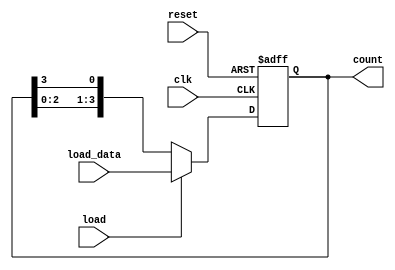
module LoadableRingCounter (
    input wire clk,              // Clock signal
    input wire reset,            // Asynchronous reset signal
    input wire load,             // Load control signal
    input wire [N-1:0] load_data,// Parallel input for loading value
    output reg [N-1:0] count     // Current state of the counter
);
    parameter N = 4; // Number of bits in the counter

    always @(posedge clk or posedge reset) begin
        if (reset) begin
            // Asynchronous reset: set all bits to 0
            count <= {N{1'b0}};
        end else if (load) begin
            // Load mode: load the specified value into the counter
            count <= load_data;
        end else begin
            // Counting mode: shift the bits in a ring fashion
            count <= {count[N-2:0], count[N-1]}; // Shift left and wrap around
        end
    end
endmodule